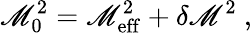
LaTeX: \mathscr{M}_{0}^{2}=\mathscr{M}_{\mathrm{{eff}}}^{2}+\delta\mathscr{M}^{2}~,